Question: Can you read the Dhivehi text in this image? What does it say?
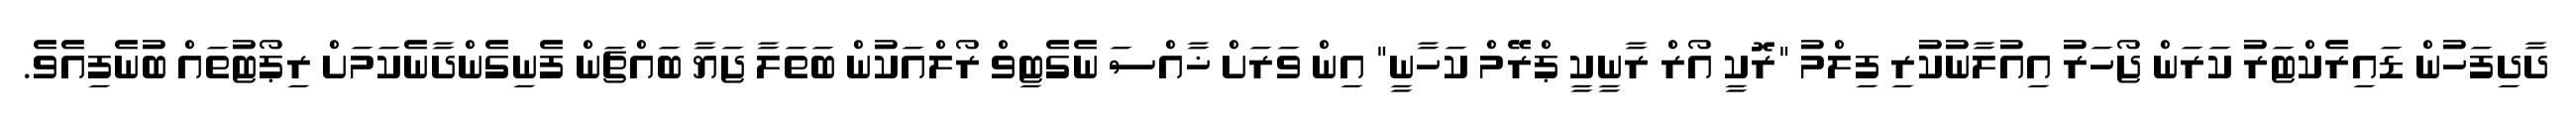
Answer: ދާދިފަހުން ޑައިރެކްޓަރު ކަރަން ޖޯހަރު އިއުލާނުކުރި ފިލްމު "ރޮކީ އޯރް ރާނީކީ ޕްރޭމް ކަހާނީ" އިން ވަރަށް ޚާއްސަ ނެގެޓިވް ރޯލްއަކުން ބަތަލާ ޖަޔާ ބައްޗަން ފެނިގެންދާނެކަމަށް ރިޕޯޓުތައް ބުނެފިއެވެ.